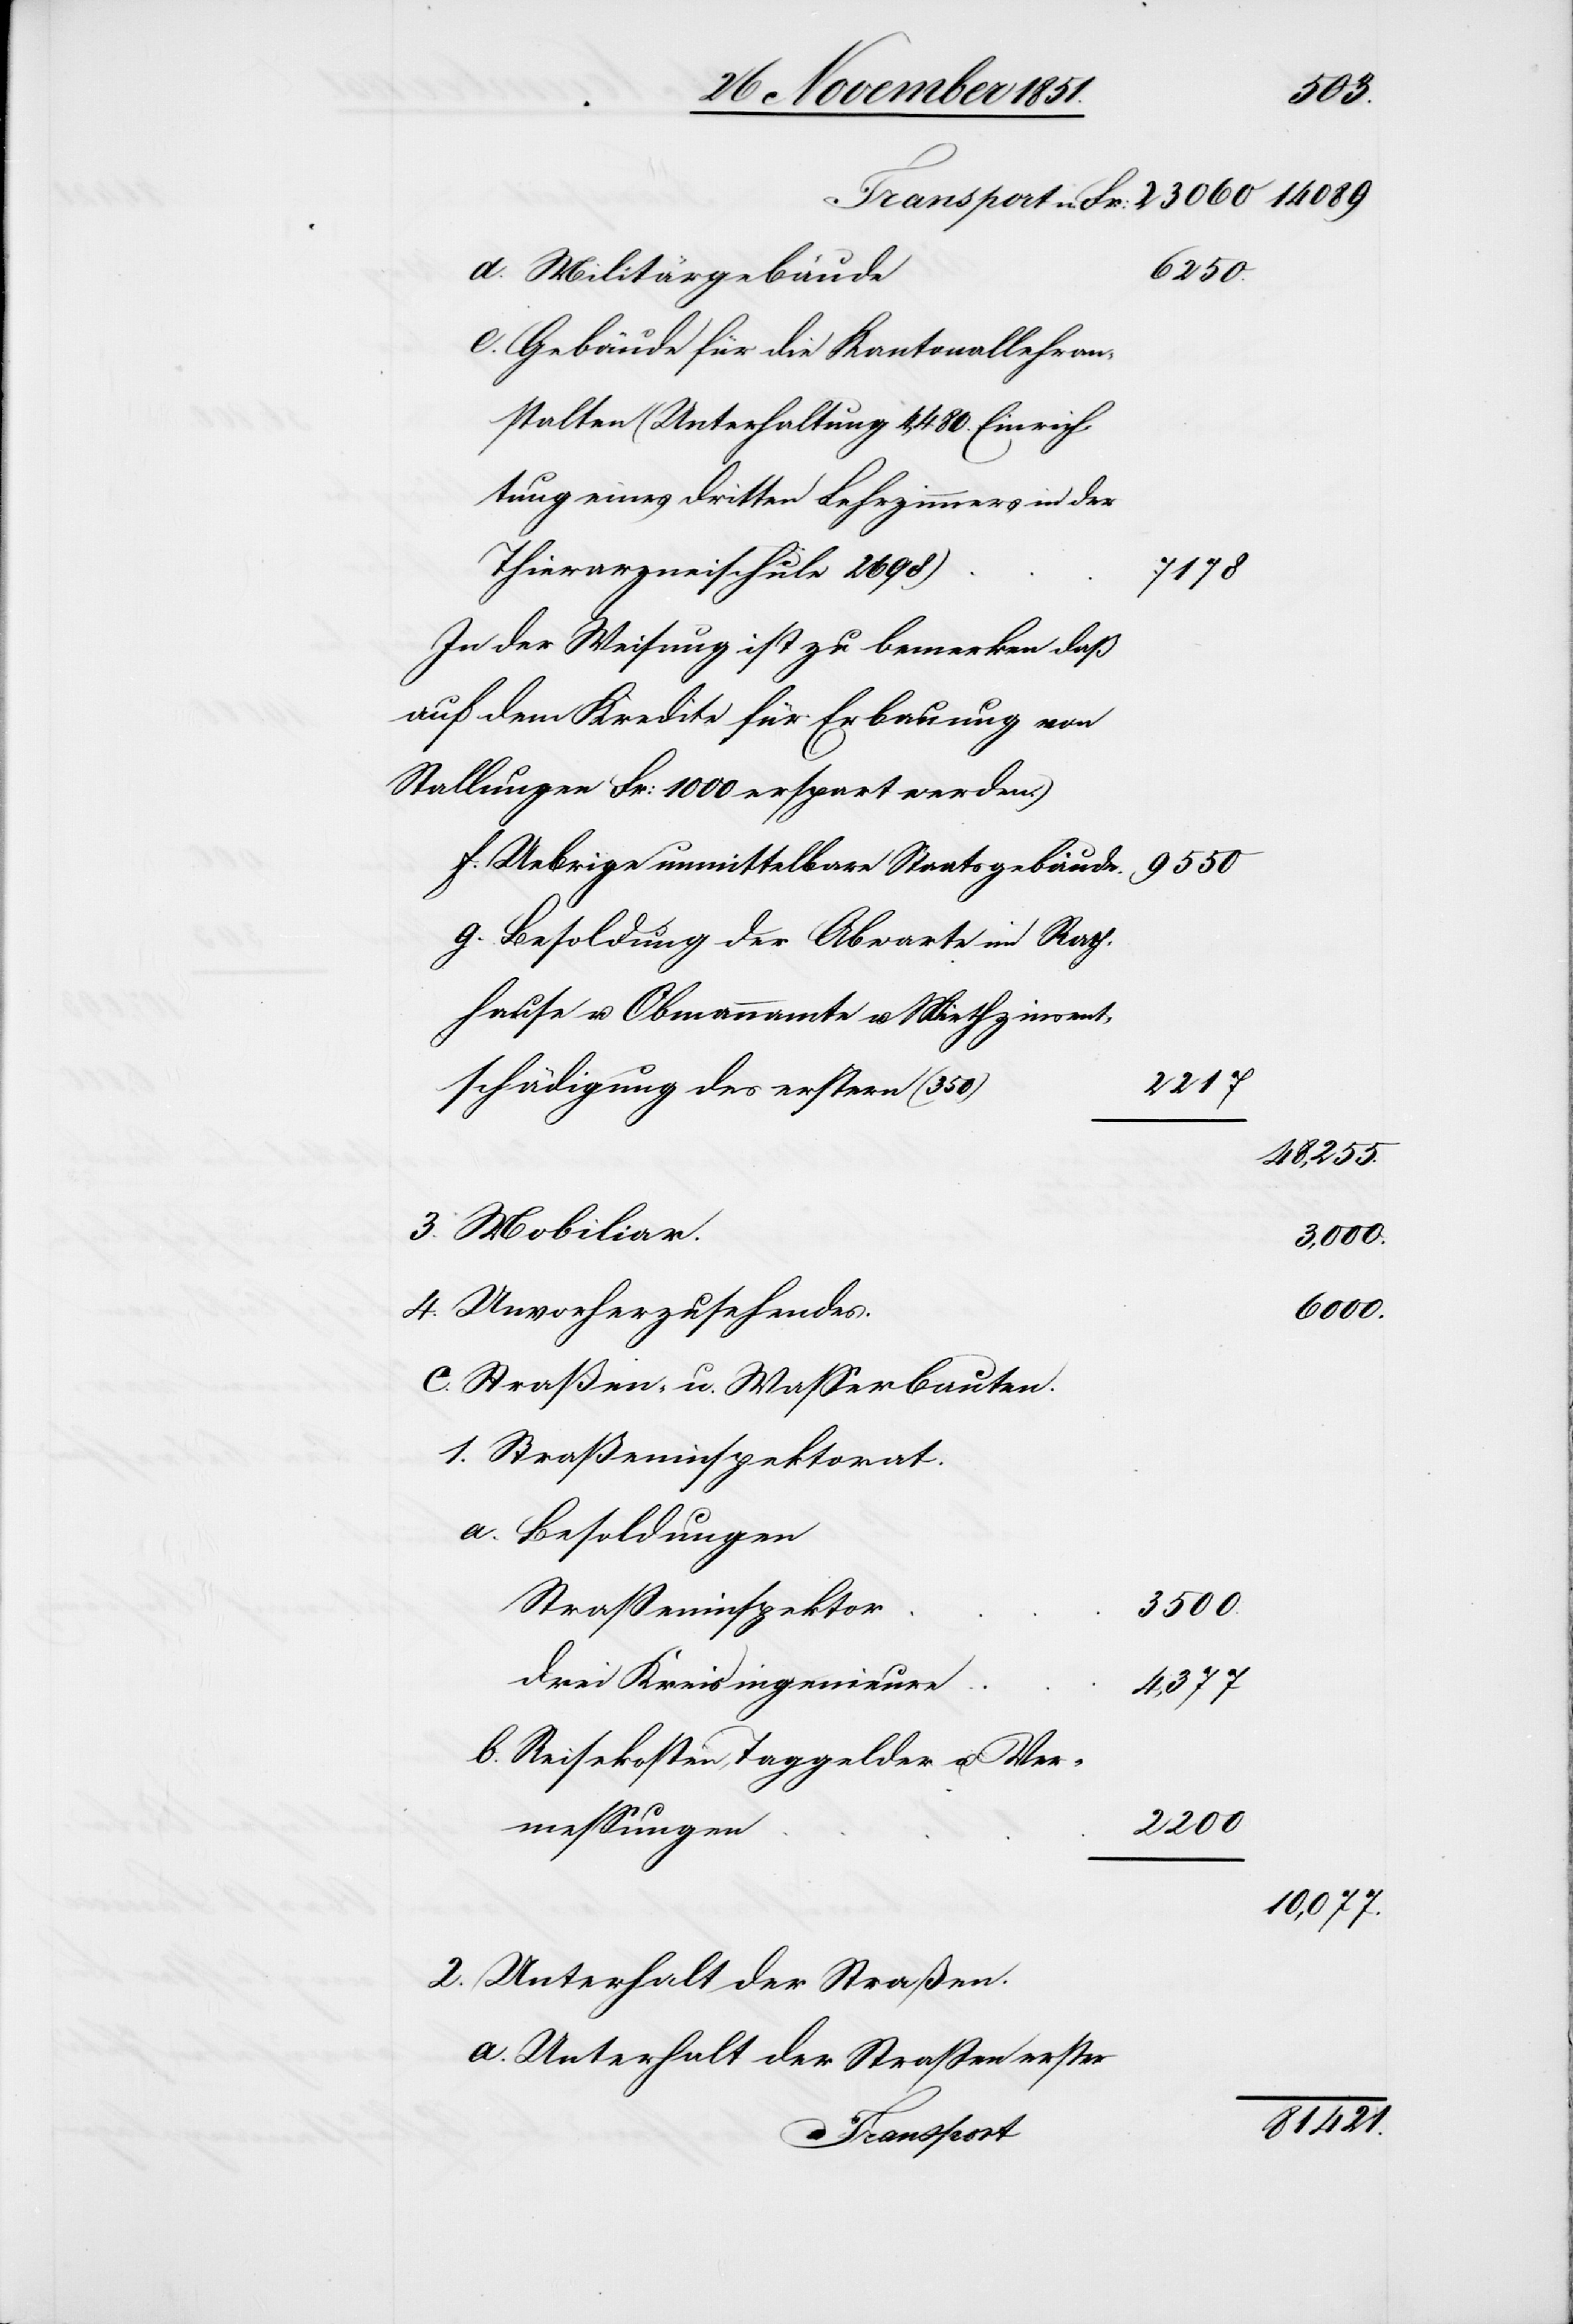
Militärgebäude
6250.
Gebäude für die Kantonallehran¬
stalten (Unterhaltung 4,480. Einrich¬
tung eines dritten Lehrzimmers in der
Thierarzneischule 2698)
7178
[(]In der Weisung ist zu bemerken daß
auf dem Kredite für Erbauung von
Stallungen Fr: 1000 erspart werden.)
Uebrige unmittelbare Staatsgebäude.
Besoldung der Abwarte im Rath¬
hause u. Obmannamte u. Miethzinsent¬
2217
schädigung des erstern (350)
48,255.
Mobiliar.
3,000.
Unvorherzusehendes.
6000.
Straßen- u. Wasserbauten.
Besoldungen
Straßeninspektor
3500.
drei Kreisingenieure
4,377
Reisekosten, Taggelder u. Ver¬
2200
messungen
10,077.
Unterhalt der Straßen.
Unterhalt der Straßen erster
81421.